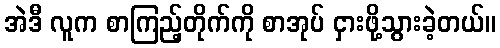
အဲဒီ လူက စာကြည့်တိုက်ကို စာအုပ် ငှားဖို့သွားခဲ့တယ်။